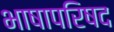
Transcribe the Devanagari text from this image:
भाषापरिषद